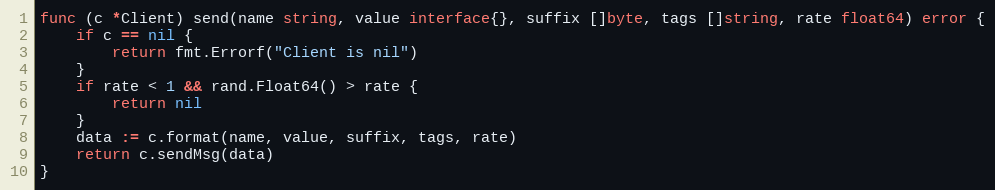
Language: Go
func (c *Client) send(name string, value interface{}, suffix []byte, tags []string, rate float64) error {
	if c == nil {
		return fmt.Errorf("Client is nil")
	}
	if rate < 1 && rand.Float64() > rate {
		return nil
	}
	data := c.format(name, value, suffix, tags, rate)
	return c.sendMsg(data)
}